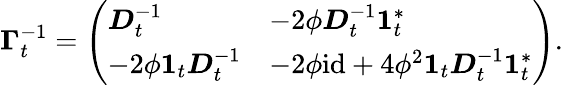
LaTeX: \begin{array}{r}{\boldsymbol{\Gamma}_{t}^{-1}=\left(\begin{array}{ll}{\boldsymbol{D}_{t}^{-1}}&{-2\phi\boldsymbol{D}_{t}^{-1}\boldsymbol{1}_{t}^{*}}\\ {-2\phi\boldsymbol{1}_{t}\boldsymbol{D}_{t}^{-1}}&{-{2\phi}\mathrm{id}+4\phi^{2}\boldsymbol{1}_{t}\boldsymbol{D}_{t}^{-1}\boldsymbol{1}_{t}^{*}}\end{array}\right).}\end{array}